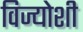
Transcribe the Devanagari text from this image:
विज्योशी